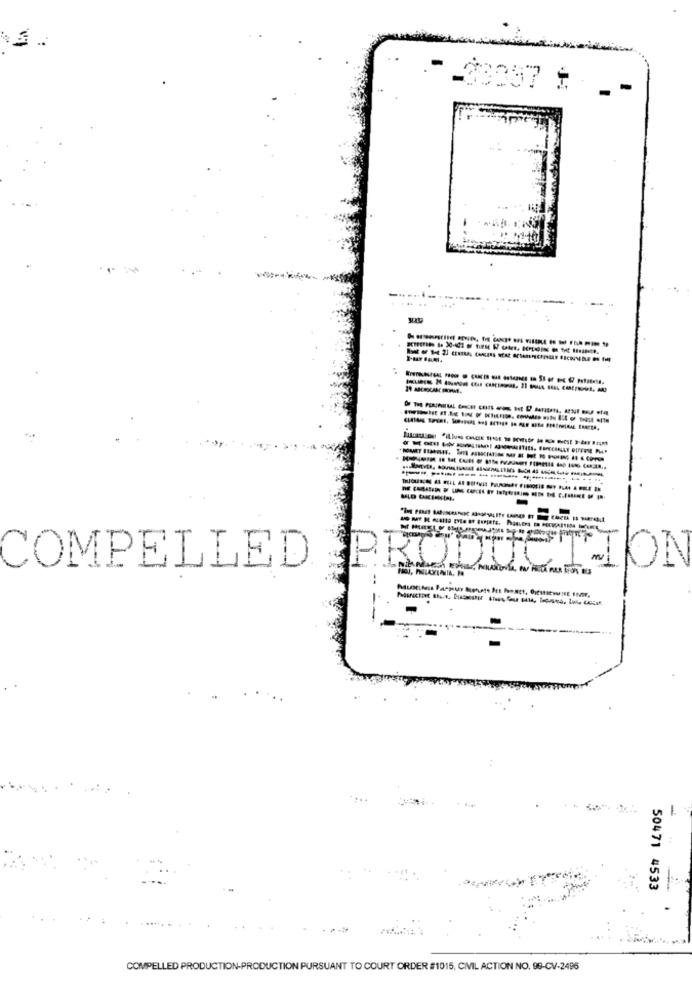
.- _ $3387 * _-
-
COMPELLED PRODUCT-
-
50471 4533
COMPELLED PRODUCTION-PRODUCTION PURSUANT TO COURT ORDER #1015, CIVIL ACTION NO. 99-CV-2496